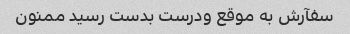
سفآرش به موقع ودرست بدست رسید ممنون